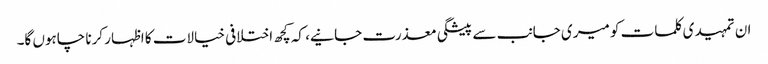
ان تمہیدی کلمات کو میری جانب سے پیشگی معذرت جانیے، کہ کچھ اختلافی خیالات کا اظہار کرنا چاہوں گا۔